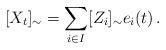
LaTeX: \begin{align*} [X_t]_\sim = \sum_{i\in I} [Z_i]_\sim e_i(t)\, . \end{align*}